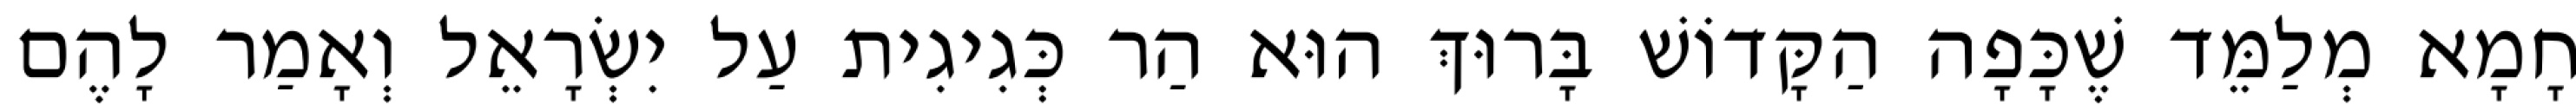
חָמָא מְלַמֵּד שֶׁכָּפָה הַקָּדוֹשׁ בָּרוּךְ הוּא הַר כְּגִיגִית עַל יִשְׂרָאֵל וְאָמַר לָהֶם